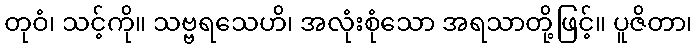
တုဝံ၊ သင့်ကို။ သဗ္ဗရသေဟိ၊ အလုံးစုံသော အရသာတို့ဖြင့်။ ပူဇိတာ၊